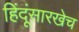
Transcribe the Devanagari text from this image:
हिंदूंसारखेच